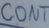
Text: CONT